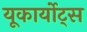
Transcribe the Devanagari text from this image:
यूकार्योट्स